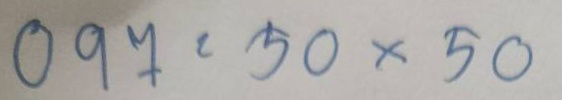
097 = 50 x 50